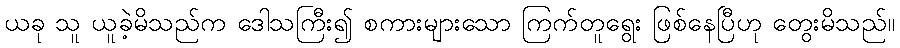
ယခု သူ ယူခဲ့မိသည်က ဒေါသကြီး၍ စကားများသော ကြက်တူရွေး ဖြစ်နေပြီဟု တွေးမိသည်။